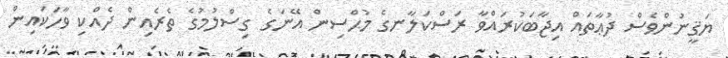
ޔަޤީނުންވެސް ދުޢާތައް އިޖާބަކުރައްވާ ރަސްކަލާނގެ މުޙްސިން އޭނަގެ ގިސްލުމުގެ ތެރެއިން ދެއްކި ވާހަކައިން